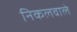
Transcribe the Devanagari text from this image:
निकलवाले